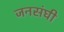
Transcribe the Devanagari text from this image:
जनसंघी